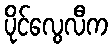
ပိုင်လွေလီက